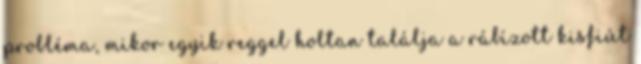
probléma, mikor egyik reggel holtan találja a rábízott kisfiút